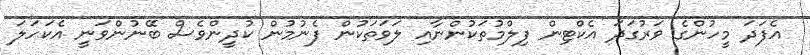
އެފަދަ މީހުންގެ ވަރުގަދަ އެކްޓިން ފިލްމުތަކުންނާއި ލަވަތަކުން ފެނުމުން ކުދީންވެސް ބޭނުންވަނީ އެކަހަލަ